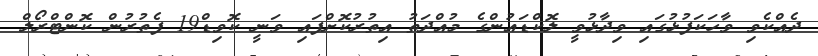
ދެއްކެވި ވާހަކަފުޅުގައި ވިދާޅުވީ ލޮކްޑައުންގެ މުއްދަތު އިތުރުކޮށްފައި ވަނީ ކޮވިޑް19 ފެތުރުން ކޮންޓްރޯލް